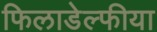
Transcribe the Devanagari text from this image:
फिलाडेल्फीया